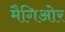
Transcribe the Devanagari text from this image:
मैगिओर